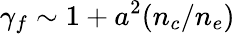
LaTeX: \gamma_{f}\sim 1+a^{2}(n_{c}/n_{e})